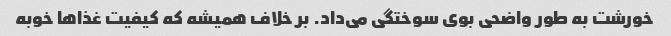
خورشت به طور واضحی بوی سوختگی می‌داد. بر خلاف همیشه که کیفیت غذا‌ها خوبه